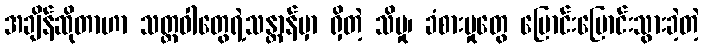
အချိန်ဆိုတာဟာ သတ္တဝါတွေရဲ့သန္တာန်မှာ ရှိတဲ့ သိမှု၊ ခံစားမှုတွေ ပြောင်းပြောင်းသွားခဲ့တဲ့